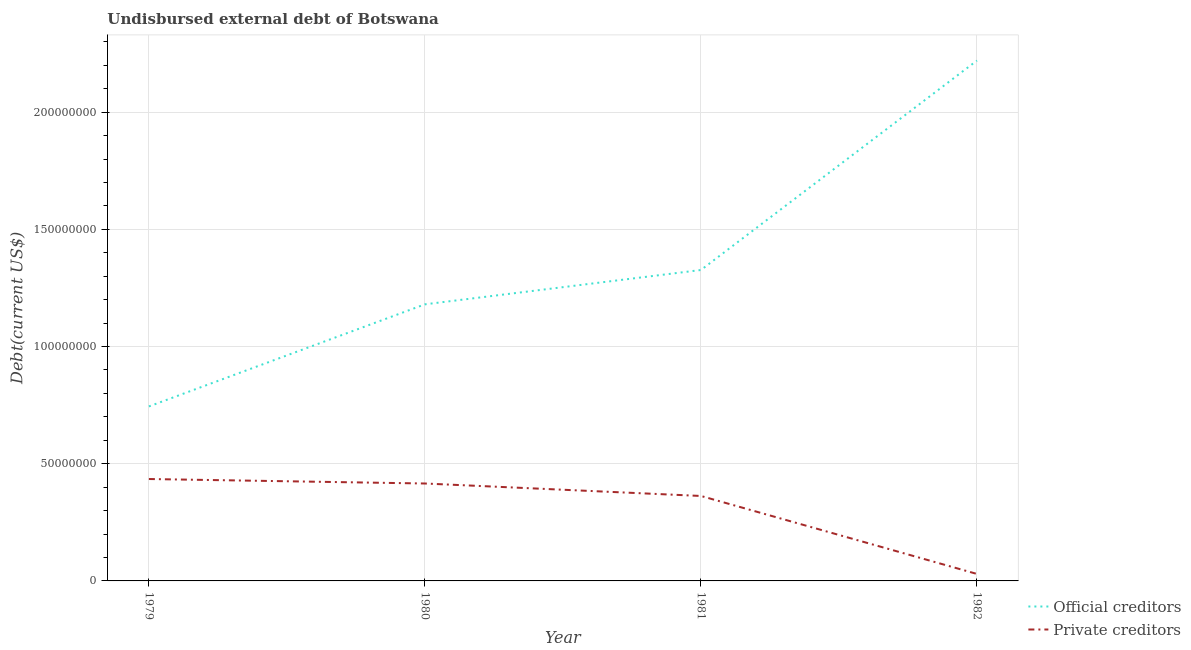
| Year | Official creditors | Private creditors |
 | --- | --- | --- |
 | 1979 | 7.44e+07 | 4.35e+07 |
 | 1980 | 1.18e+08 | 4.16e+07 |
 | 1981 | 1.33e+08 | 3.62e+07 |
 | 1982 | 2.22e+08 | 2.98e+06 |